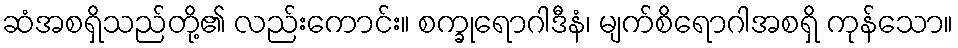
ဆံအစရှိသည်တို့၏ လည်းကောင်း။ စက္ခုရောဂါဒီနံ၊ မျက်စိရောဂါအစရှိ ကုန်သော။